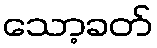
သော့ခတ်